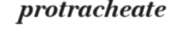
protracheate